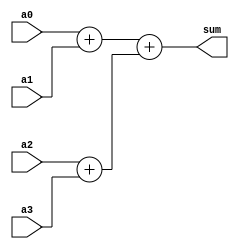
module adder(sum,a0,a1,a2,a3);
input [0:7] a0,a1,a2,a3;
output reg [0:7] sum;
always @(a0,a1,a2,a3)
begin
sum <= (a0+a1)+(a2+a3);
end
endmodule